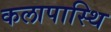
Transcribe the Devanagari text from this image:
कलापास्थि